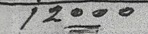
12000